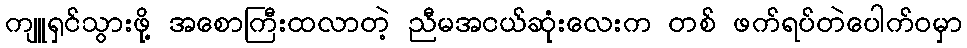
ကျူရှင်သွားဖို့ အစောကြီးထလာတဲ့ ညီမအငယ်ဆုံးလေးက တစ် ဖက်ရပ်တဲပေါက်ဝမှာ